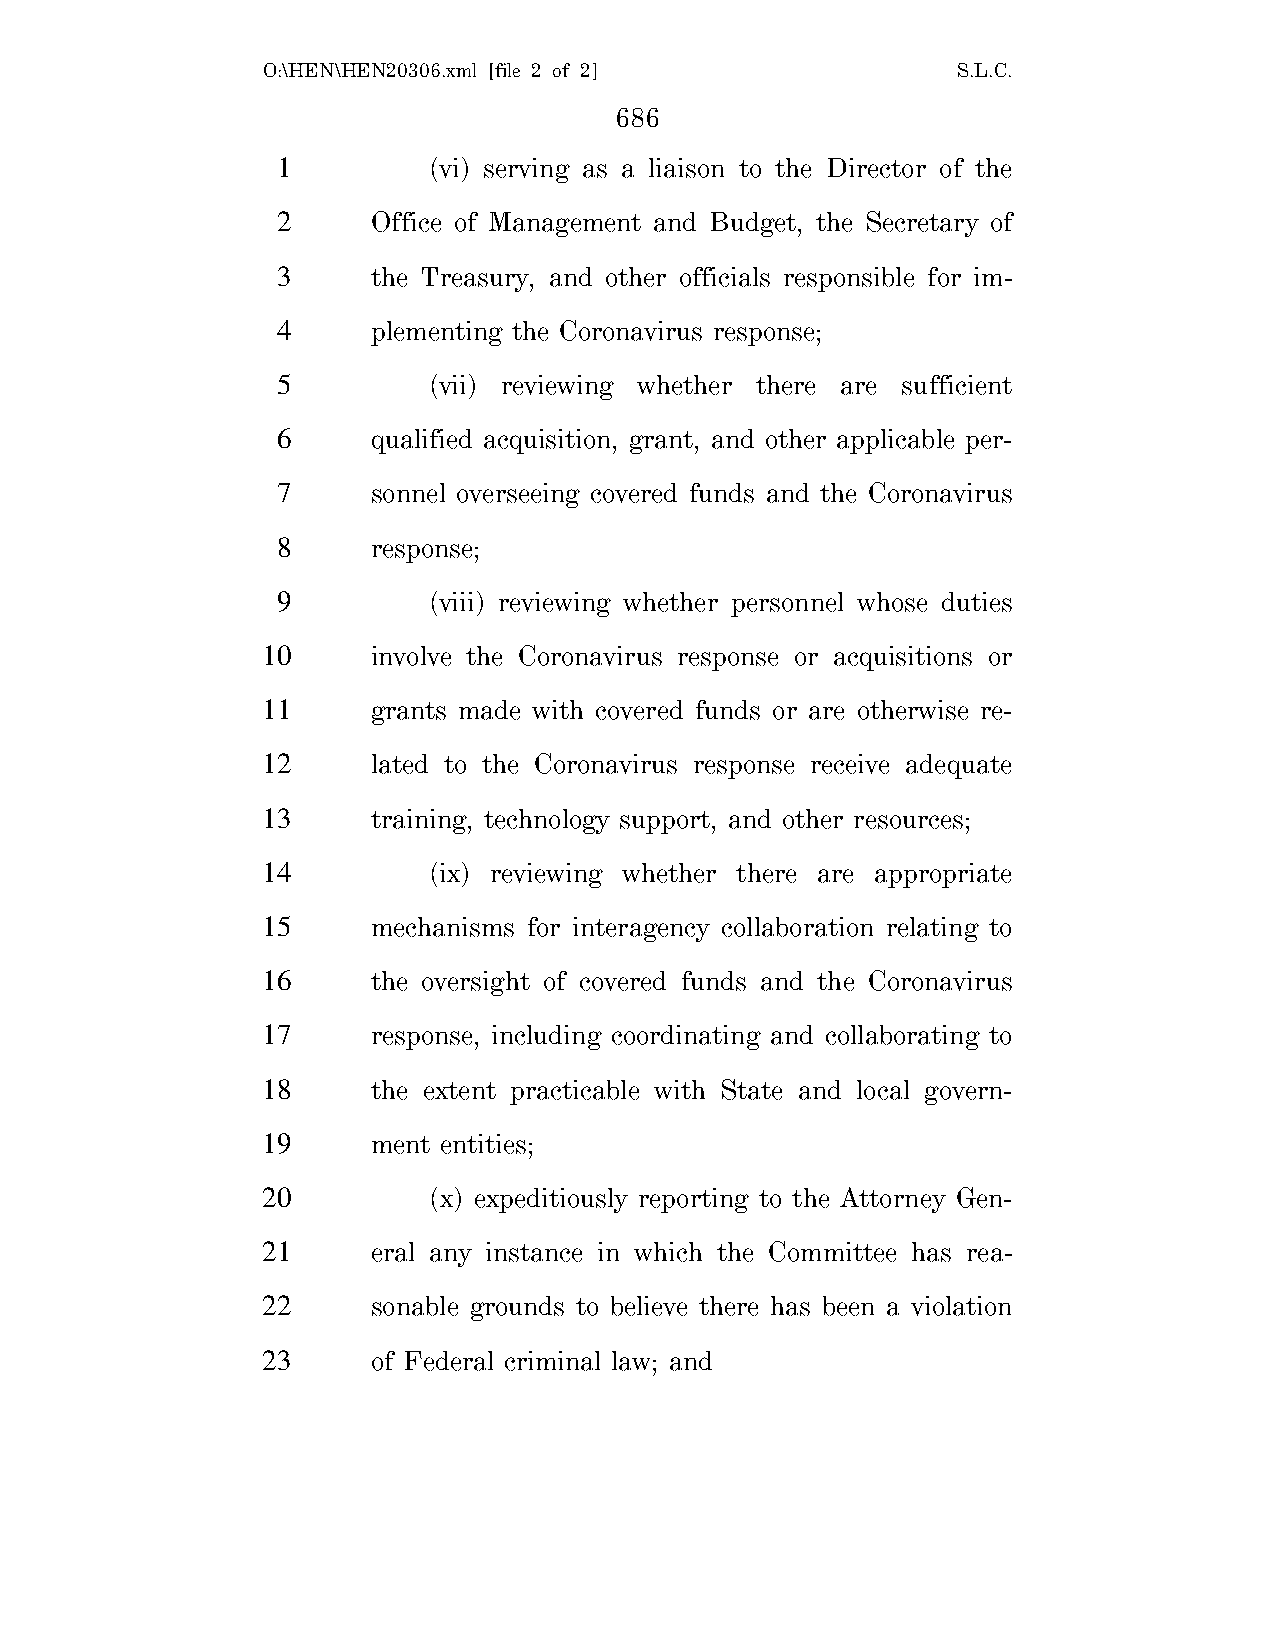
O:\HEN\HEN20306.xml [file 2 of 2]             S.L.C.
 686
 1         (vi) serving as a liaison to the Director of the
 2      Office of Management and Budget, the Secretary of
 3      the Treasury, and other officials responsible for im-
 4      plementing the Coronavirus response;
 5         (vii) reviewing whether there are sufficient
 6      qualified acquisition, grant, and other applicable per-
 7      sonnel overseeing covered funds and the Coronavirus
 8      response;
 9         (viii) reviewing whether personnel whose duties
 10      involve the Coronavirus response or acquisitions or
 11      grants made with covered funds or are otherwise re-
 12      lated to the Coronavirus response receive adequate
 13      training, technology support, and other resources;
 14         (ix) reviewing whether there are appropriate
 15      mechanisms for interagency collaboration relating to
 16      the oversight of covered funds and the Coronavirus
 17      response, including coordinating and collaborating to
 18      the extent practicable with State and local govern-
 19      ment entities;
 20         (x) expeditiously reporting to the Attorney Gen-
 21      eral any instance in which the Committee has rea-
 22      sonable grounds to believe there has been a violation
 23      of Federal criminal law; and